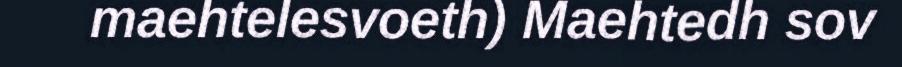
maehtelesvoeth) Maehtedh sov